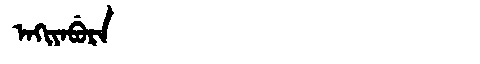
Manchu: ᠠᡴᡳᠶᠠᠪᡠᡵᠠ
Romanization: AKIYABURA